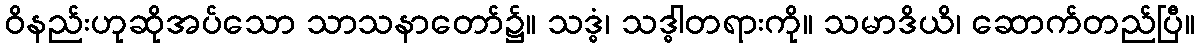
ဝိနည်းဟုဆိုအပ်သော သာသနာတော်၌။ သဒ္ဓံ၊ သဒ္ဓါတရားကို။ သမာဒိယိ၊ ဆောက်တည်ပြီ။